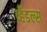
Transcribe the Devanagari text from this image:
व्हँडल्स